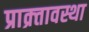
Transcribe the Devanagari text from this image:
प्राक्र्तावस्था